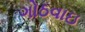
ગોઠવાઇ